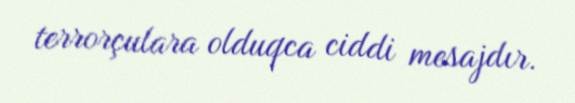
terrorçulara olduqca ciddi mesajdır.